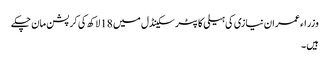
وزراء عمران نیازی کی ہیلی کاپٹر سکینڈل میں 18 لاکھ کی کرپشن مان چکے
ہیں ۔